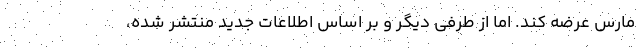
مارس عرضه کند. اما از طرفی دیگر و بر اساس اطلاعات جدید منتشر شده،